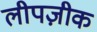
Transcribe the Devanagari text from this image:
लीपज़ीक